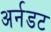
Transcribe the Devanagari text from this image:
अर्नडट